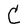
Character: C